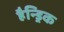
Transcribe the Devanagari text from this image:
हैन्ड्रिक